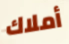
أملاك